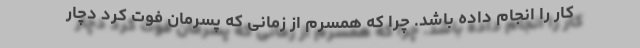
کار را انجام داده باشد. چرا که همسرم از زمانی که پسرمان فوت کرد دچار